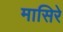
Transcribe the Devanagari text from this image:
मासिरे